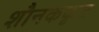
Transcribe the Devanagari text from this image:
शौनककृत